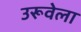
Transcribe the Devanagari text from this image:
उरूवेला